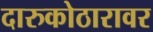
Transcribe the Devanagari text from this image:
दारुकोठारावर